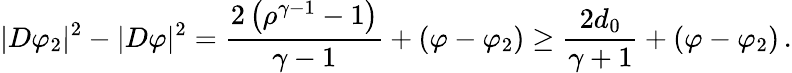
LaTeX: |D\varphi_{2}|^{2}-|D\varphi|^{2}=\frac{2\left(\rho^{\gamma-1}-1\right)}{\gamma-1}+(\varphi-\varphi_{2})\geq\frac{2d_{0}}{\gamma+1}+(\varphi-\varphi_{2})\, .